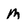
Character: M